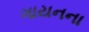
ગાયનના